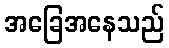
အခြေအနေသည်